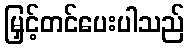
မြှင့်တင်ပေးပါသည်